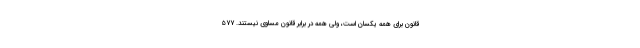
قانون برای همه یکسان است، ولی همه در برابر قانون مساوی نیستند. ۵۷۷